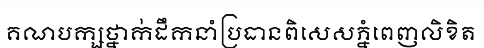
គណបក្សថ្នាក់ដឹកនាំប្រធានពិសេសភ្នំពេញលិខិត